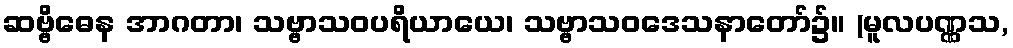
ဆဗ္ဗိဓေန အာဂတာ၊ သဗ္ဗာသဝပရိယာယေ၊ သဗ္ဗာသဝဒေသနာတော်၌။ (မူလပဏ္ဏသ,